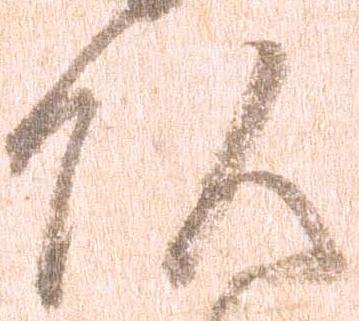
頭